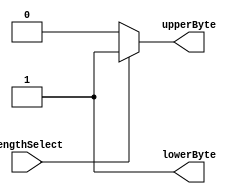
module LengthSelectControl(
		input 							lengthSelect,
		output reg							lowerByte,
		output reg							upperByte
    );

	always @ (*) begin
		if(lengthSelect) begin
			lowerByte = 1;
			upperByte = 1;
		end 
		else begin 
			lowerByte = 1;
			upperByte = 0;
		end	
	end

endmodule